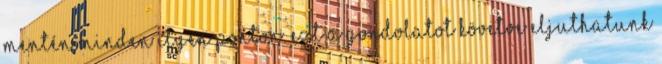
mentén minden ilyen ponton. Ezt a gondolatot követve eljuthatunk